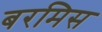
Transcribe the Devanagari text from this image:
बरमिस